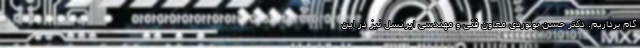
گام برداریم. دکتر حسن بولوردی معاون فنی و مهندسی ایرانسل نیز در این